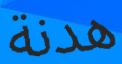
ھدنة